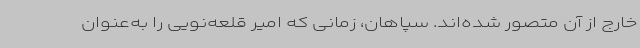
خارج از آن متصور شده‌اند. سپاهان، زمانی که امیر قلعه‌نویی را به‌عنوان